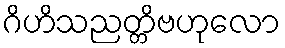
ဂိဟိသညတ္တိဗဟုလော